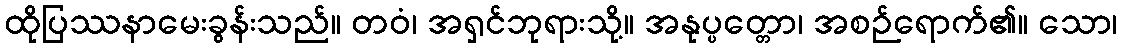
ထိုပြဿနာမေးခွန်းသည်။ တဝံ၊ အရှင်ဘုရားသို့။ အနုပ္ပတ္တော၊ အစဉ်ရောက်၏။ သော၊